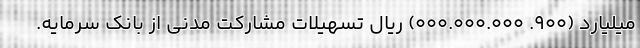
میلیارد (۹۰۰. ۰۰۰.۰۰۰.۰۰۰) ریال تسهیلات مشارکت مدنی از بانک سرمایه.